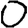
Digit: 0